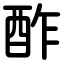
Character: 酢